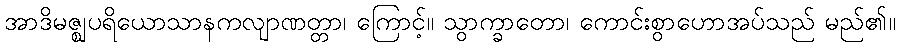
အာဒိမဇ္ဈပရိယောသာနကလျာဏတ္တာ၊ ကြောင့်။ သွာက္ခာတော၊ ကောင်းစွာဟောအပ်သည် မည်၏။